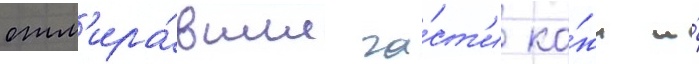
отм'ира́вшие ча́ст'и ко́жи и́